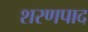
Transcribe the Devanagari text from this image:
शरणपाद